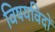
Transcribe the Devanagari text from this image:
विषयविदों